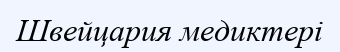
Швейцария медиктері